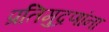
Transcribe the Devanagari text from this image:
प्रतिमुद्रणांना